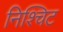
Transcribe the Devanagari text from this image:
निश्चिट